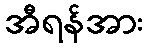
အီရန်အား